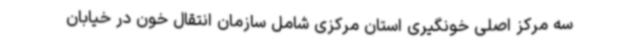
سه مرکز اصلی خونگیری استان مرکزی شامل سازمان انتقال خون در خیابان